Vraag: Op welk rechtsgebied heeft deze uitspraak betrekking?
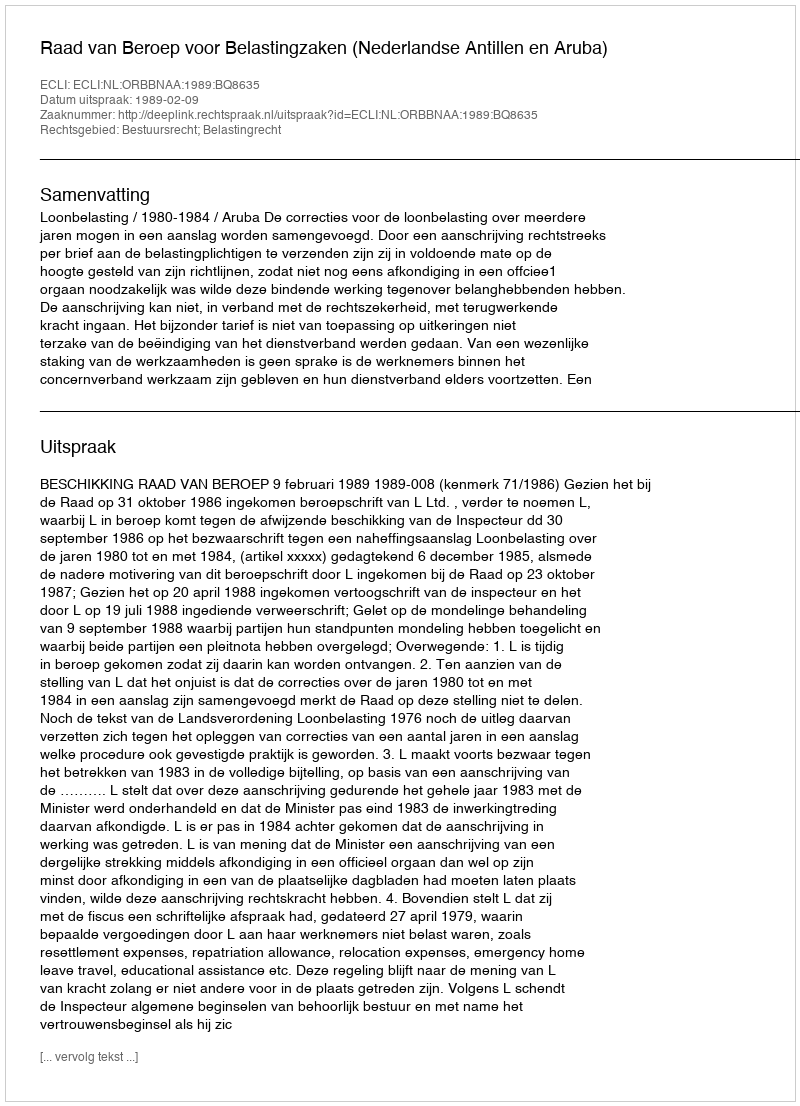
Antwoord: Bestuursrecht; Belastingrecht